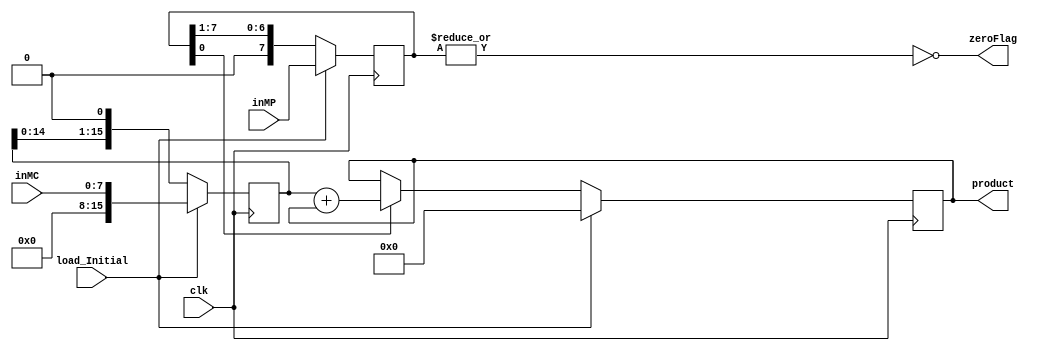
// Unsigned 8 bit sequential multiplier

// Copyright (C) 2023  OmarElfouly, iRustom, BavlyRemon, omaranwar1

// This program is free software; you can redistribute it and/or
// modify it under the terms of the GNU General Public License
// as published by the Free Software Foundation; either version 2
// of the License, or (at your option) any later version.

// This program is distributed in the hope that it will be useful,
// but WITHOUT ANY WARRANTY; without even the implied warranty of
// MERCHANTABILITY or FITNESS FOR A PARTICULAR PURPOSE.  See the
// GNU General Public License for more details.

// You should have received a copy of the GNU General Public License
// along with this program; if not, write to the Free Software
// Foundation, Inc., 51 Franklin Street, Fifth Floor, Boston, MA  02110-1301, USA.


module multiplier( clk, inMC, inMP, load_Initial, zeroFlag, product);
    input wire clk;
    input wire [7:0] inMC;
    input wire [7:0] inMP;
    input wire load_Initial;
    output wire zeroFlag;
    output reg [15:0] product;
    
    reg [15:0] SHLReg;
    reg [7:0] SHRReg;
    reg [15:0] nextp;
    wire LSB_SHRReg;

    initial 
    begin
        SHLReg = 16'b0;
        SHRReg = 8'b1;
        product = 16'b0;
    end
    
    always @(posedge clk)
    begin
    
        if(load_Initial)
        begin
        
        SHRReg <=inMP;
        SHLReg[15:0] <={8'b0,inMC};
        product <= 16'b0;
        
        end else
        begin
            
            SHLReg <= SHLReg <<1;
            SHRReg <= SHRReg >>1;
            
            if(LSB_SHRReg)
            begin
                product<= SHLReg+product; 
            end
        
        end
    end
    
    assign LSB_SHRReg = SHRReg[0];
    assign zeroFlag = ~|SHRReg;

endmodule